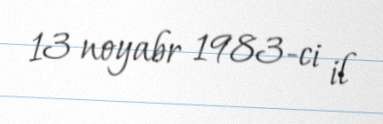
13 noyabr 1983-ci il